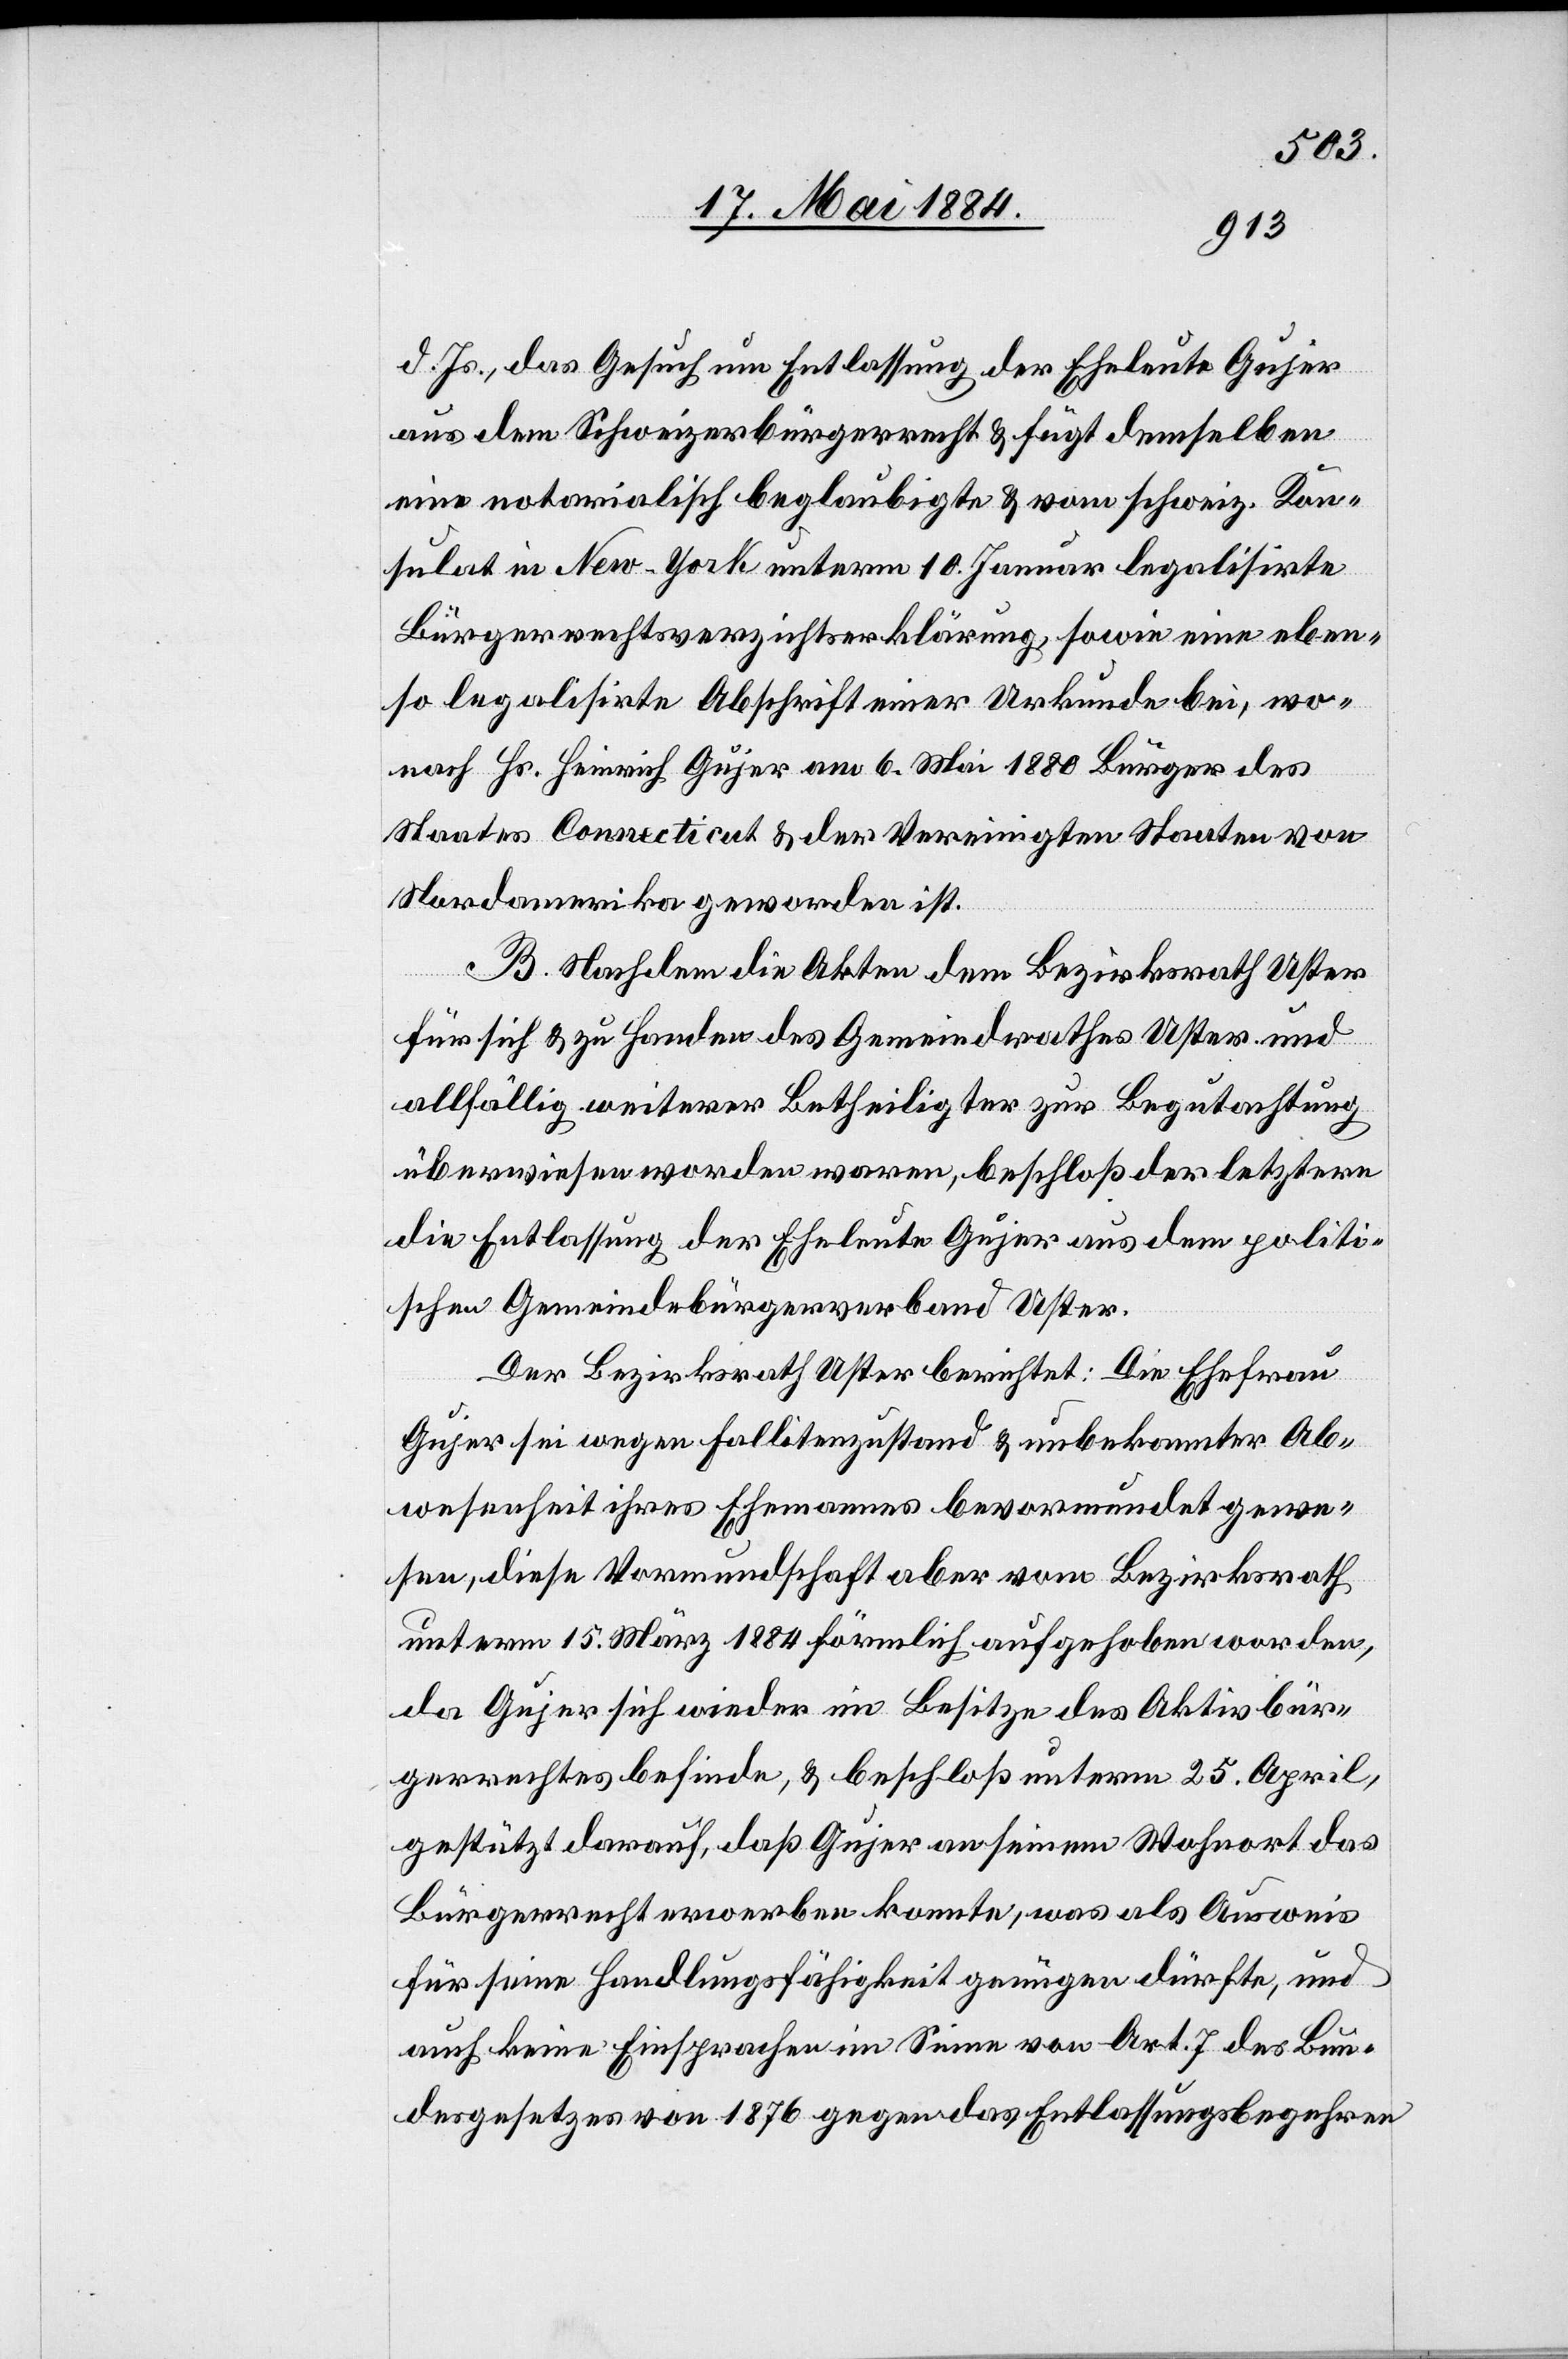
d. Js. das Gesuch um Entlassung der Eheleute Gujer
aus dem Schweizerbürgerrecht & fügt demselben
eine notarialisch beglaubigte & vom schweiz. Kon¬
sulat in New-York unterm 10. Januar legalisirte
Bürgerrechtsverzichtserklärung, sowie eine eben¬
so legalisirte Abschrift einer Urkunde bei, wo¬
nach Hs. Heinrich Gujer am 6. Mai 1880 Bürger des
Staates Connecticut & der Vereinigten Staaten von
Nordamerika geworden ist.
B. Nachdem die Akten dem Bezirksrath Uster
für sich & zu Handen des Gemeindrathes Uster und
allfällig weiterer Betheiligter zur Begutachtung
überwiesen worden waren, beschloß der letztere
die Entlassung der Eheleute Gujer aus dem politi¬
schen Gemeindebürgerverband Uster.
Der Bezirksrath Uster berichtet: Die Ehefrau
Gujer sei wegen Fallitenzustand & unbekannter Ab¬
wesenheit ihres Ehemannes bevormundet gewe¬
sen, diese Vormundschaft aber vom Bezirksrath
unterm 15. März 1884 förmlich aufgehoben worden,
da Gujer sich wieder im Besitze des Aktivbür¬
gerrechtes befinde, & beschloß unterm 25. April,
gestützt darauf, daß Gujer an seinem Wohnort das
Bürgerrecht erwoerben [sic!] konnte, was als Ausweis
für seine Handlungsfähigkeit genügen dürfte, und
auch keine Einsprachen im Sinne von Art. 7 des Bun¬
desgesetzes von 1876 gegen das Entlassungsbegehren